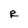
Character: R